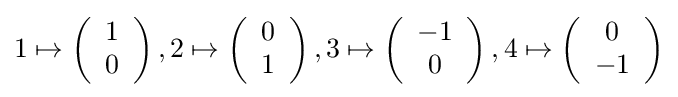
1\mapsto \left({\begin{array}{c}1\\0\end{array}}\right),2\mapsto \left({\begin{array}{c}0\\1\end{array}}\right),3\mapsto \left({\begin{array}{c}-1\\0\end{array}}\right),4\mapsto \left({\begin{array}{c}0\\-1\end{array}}\right)